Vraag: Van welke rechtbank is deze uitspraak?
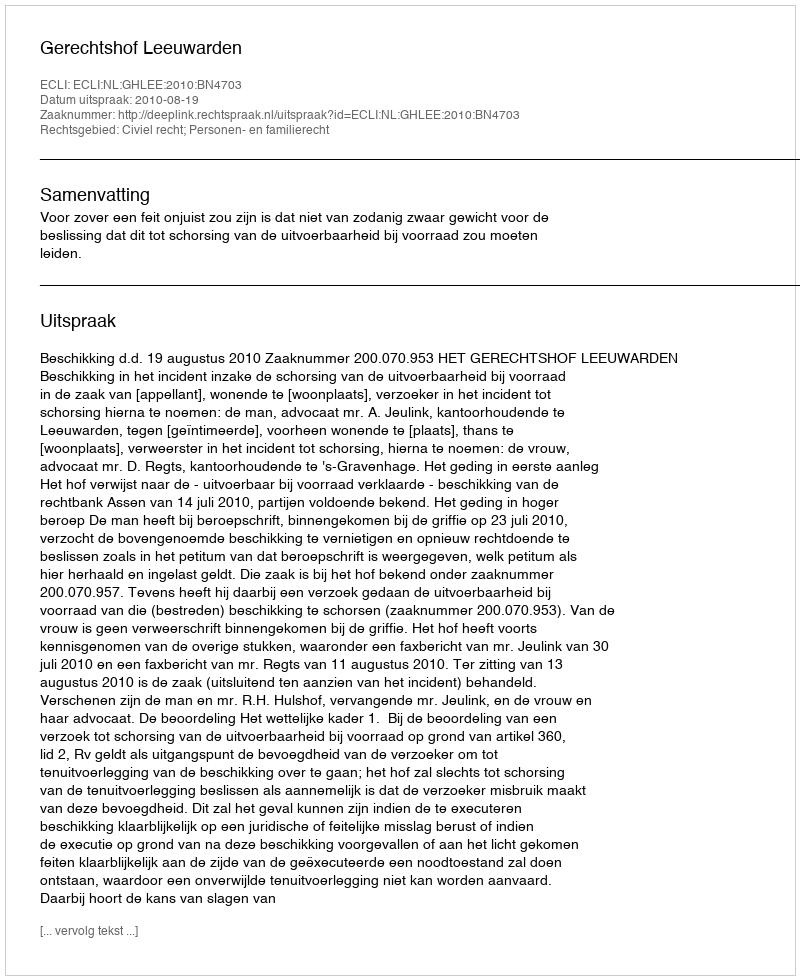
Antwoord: Gerechtshof Leeuwarden